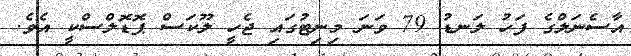
އާސެނަލްގެ ފަހު ލަނޑު 79 ވަނަ މިނިޓުގައި ޖެހީ ލޫކަސް ޕޮޑޮލްސްކީ އެވެ.